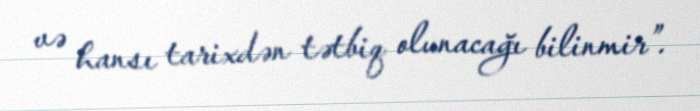
və hansı tarixdən tətbiq olunacağı bilinmir”.